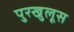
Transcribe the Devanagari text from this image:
पुरखुलूस